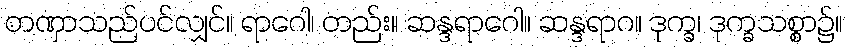
တဏှာသည်ပင်လျှင်။ ရာဂေါ၊ တည်း။ ဆန္ဒရာဂေါ။ ဆန္ဒရာဂ။ ဒုက္ခ၊ ဒုက္ခသစ္စာ၌။